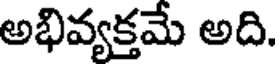
అభివ్యక్తమే అది.